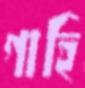
গাহি